Indian journal of veterinary science and animal husbandry - Volume 1,
Year: 1931
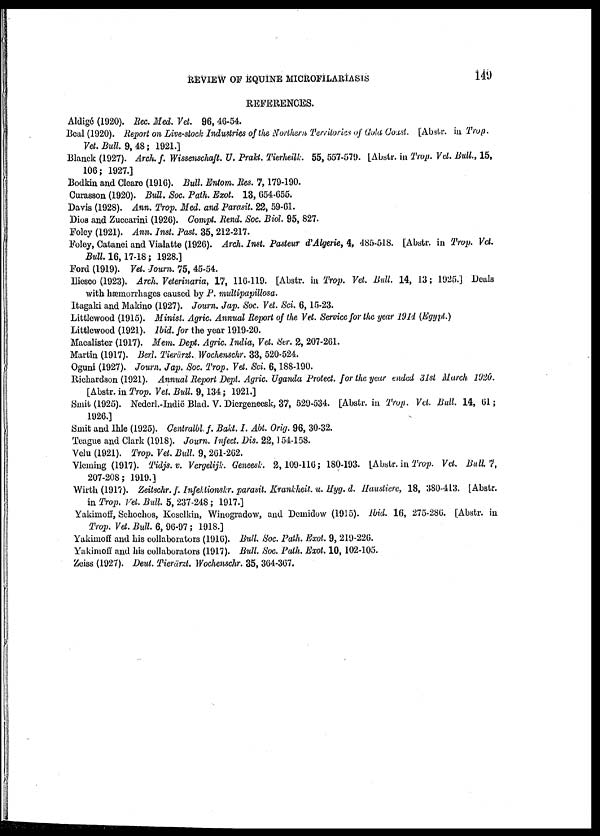
REVIEW OF EQUINE MICROFILARIASIS
149
REFERENCES.
Aldigé (1920). Rec. Med. Vet. 96, 46-54.
Beal (1920). Report on Live-stock Industries of the Northern Territories of Gold Coast. [Abstr. in Trop.
Vet. Bull. 9, 48; 1921.]
Blanck (1927). Arch. f. Wissenschaft. U. Prakt. Tierheilk. 55, 557-579. [Abstr. in Trop. Vet. Bull., 15,
106; 1927.]
Bodkin and Cleare (1916). Bull. Entom. Res. 7, 179-190.
Curasson (1920). Bull. Soc. Path. Exot. 13, 654-655.
Davis (1928). Ann. Trop. Med. and Parasit. 22, 59-61.
Dios and Zuccarini (1926). Compt. Rend. Soc. Biol. 95, 827.
Foley (1921). Ann. Inst. Past. 35, 212-217.
Foley, Catanei and Vialatte (1926). Arch. Inst. Pasteur d'Algerie, 4, 485-518. [Abstr. in Trop. Vet.
Bull. 16, 17-18; 1928.]
Ford (1919). Vet. Journ. 75, 45-54.
Iliesco (1923). Arch. Veterinaria, 17, 116-119. [Abstr. in Trop. Vet. Bull. 14, 13; 1925.] Deals
with hæmorrhages caused by P. multipapillosa.
Itagaki and Makino (1927). Journ. Jap. Soc. Vet. Sci. 6, 15-23.
Littlewood (1915). Minist. Agric. Annual Report of the Vet. Service for the year 1914 (Egypt.)
Littlewood (1921). Ibid. for the year 1919-20.
Macalister (1917). Mem. Dept. Agric. India, Vet. Ser. 2, 207-261.
Martin (1917). Berl. Tierärzt. Wochenschr. 33, 520-524.
Oguni (1927). Journ. Jap. Soc. Trop. Vet. Sci. 6, 188-190.
Richardson (1921). Annual Report Dept. Agric. Uganda Protect. for the year ended 31st March 1920.
[Abstr. in Trop. Vet. Bull. 9, 134; 1921.]
Smit (1925). Nederl.-Indië Blad. V. Diergeneesk, 37, 529-534. [Abstr. in Trop. Vet. Bull. 14, 61;
1926.]
Smit and Ihle (1925). Centralbl. f. Bakt. I. Abt. Orig. 96, 30-32.
Teague and Clark (1918). Journ. Infect. Dis. 22, 154-158.
Velu (1921). Trop. Vet. Bull. 9, 261-262.
Vleming (1917). Tidjs. v. Vergelijk. Geneesk. 2, 109-116; 180-193. [Abstr. in Trop. Vet. Bull 7,
207-208; 1919.]
Wirth (1917). Zeitschr. f. Infektionskr. parasit. Krankheit. u. Hyg. d. Haustiere, 18, 380-413. [Abstr.
in Trop. Vet. Bull. 5, 237-248 ; 1917.]
Yakimoff, Schochos, Koselkin, Winogradow, and Demidow (1915). Ibid. 16, 275-286. [Abstr. in
Trop. Vet. Bull. 6, 96-97; 1918.]
Yakimoff and his collaborators (1916). Bull. Soc. Path. Exot. 9, 219-226.
Yakimoff and his collaborators (1917). Bull. Soc. Path. Exot. 10, 102-105.
Zeiss (1927). Deut. Tierärzt. Wochenschr. 35, 364-367.